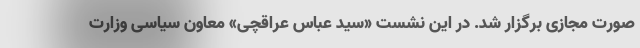
صورت مجازی برگزار شد. در این نشست «سید عباس عراقچی» معاون سیاسی وزارت